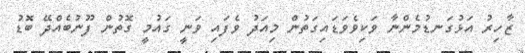
ޒާހިރު އަޅުގަނޑުމެންނާ ވަކިވެވަޑައިގަތުން މިއަދު ވެފައި ވަނީ ގައުމީ ގޮތުން ފޫނުބެއްދޭ ބޮޑު